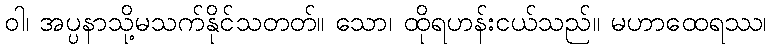
ဝါ၊ အပ္ပနာသို့မသက်နိုင်သတတ်။ သော၊ ထိုရဟန်းငယ်သည်။ မဟာထေရဿ၊